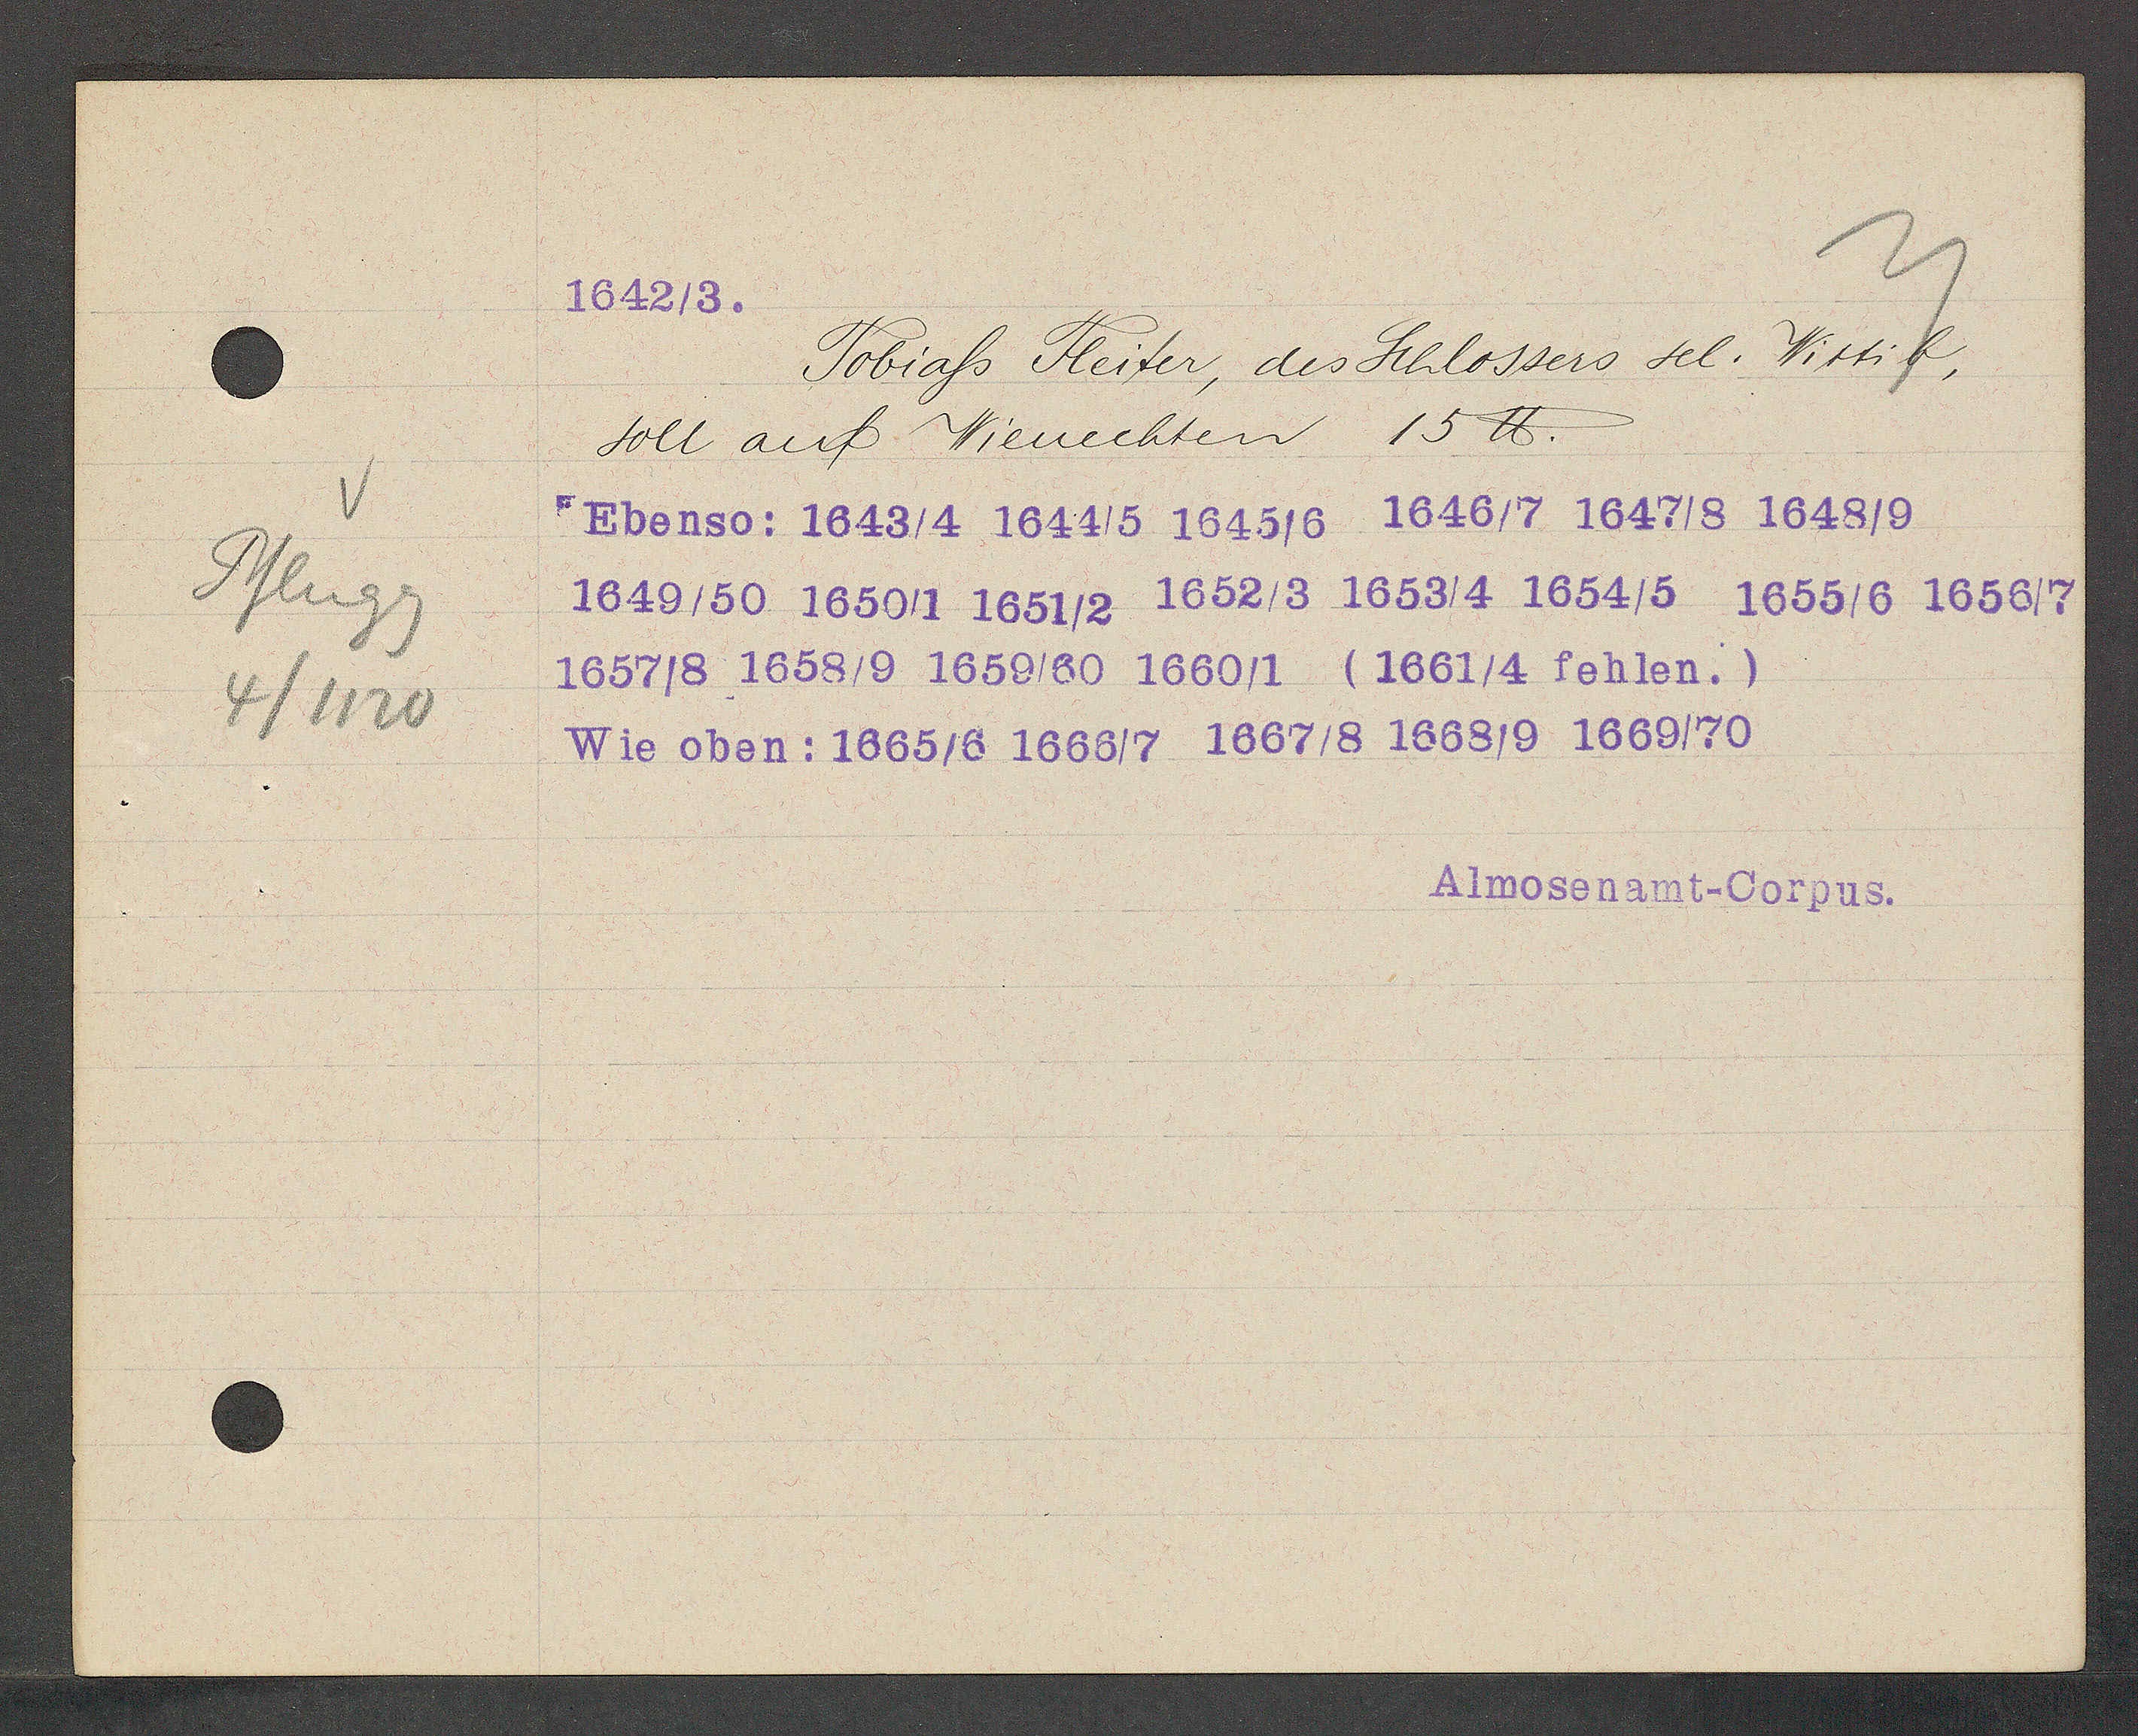
Transcript:
Pflugg
4/1120

1642/3.

soll auf Wienechten 15 ℔.
Ebenso: 1643/4 1644/5 1645/6 1646/7 1647/8 1648/9.
1649/50 1650/1 1651/2 1652/3 1653/4 1654/5 1655/6 1656/7
1657/8 1658/9 1659/60 1660/1 (1661/4 fehlen.)
Wie oben: 1665/6 1666/7 1667/8 1668/9 1669/70
Tobiass Heiter, des Schlossers sel. Wittib,

Almosenamt-Corpus.